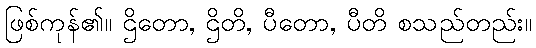
ဖြစ်ကုန်၏။ ဌိတော, ဌိတိ, ပီတော, ပီတိ စသည်တည်း။